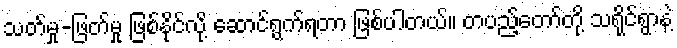
သတ်မှု-ဖြတ်မှု ဖြစ်နိုင်လို့ ဆောင်ရွက်ရတာ ဖြစ်ပါတယ်။ တပည့်တော်တို့ သရိုင်ရွာနဲ့